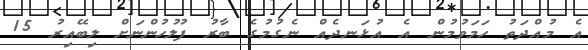
އެ މުއްދަތު ހަމަވުމުން އެ އުޅަނދެއް ނެގުމުގެ ބާރު ފުލުހުންނަށް ލިބޭއިރު 15